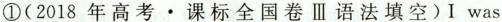
①(2018 年 高考·课标全国卷Ⅲ语法填空)I was